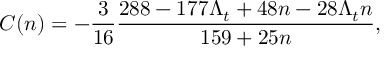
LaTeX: C ( n ) = - \frac { 3 } { 1 6 } \frac { 2 8 8 - 1 7 7 \Lambda _ { t } + 4 8 n - 2 8 \Lambda _ { t } n } { 1 5 9 + 2 5 n } ,